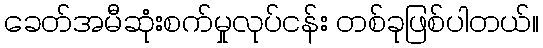
ခေတ်အမီဆုံးစက်မှုလုပ်ငန်း တစ်ခုဖြစ်ပါတယ်။